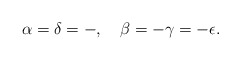
\begin{align*}\alpha = \delta = -, \quad \beta = -\gamma = -\epsilon.\end{align*}